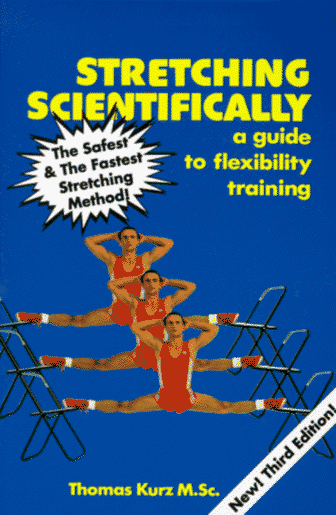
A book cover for Stretching Scientifically: A Guide to Flexibility Training; Thomas Kurz; Health, Fitness & Dieting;